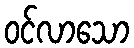
ဝင်လာသော